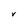
Character: V